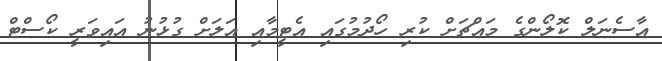
އާސެނަލް ކޮލޯންގެ މައްޗަށް ކުރި ހޯދުމުގައި އެޓީމާއި އަލަށް ގުޅުނު އައިވަރީ ކޯސްޓް